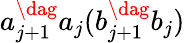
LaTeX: a_{j+1}^{\dag}a_{j}(b_{j+1}^{\dag}b_{j})